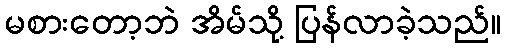
မစားတော့ဘဲ အိမ်သို့ ပြန်လာခဲ့သည်။